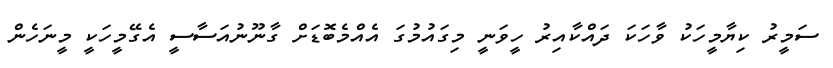
ސަމީރު ކިޔާމީހަކު ވާހަކަ ދައްކާއިރު ހީވަނީ މިގައުމުގަ އެއްމެބޮޑަށް ގާނޫނުއަސާސީ އެގޭމީހަކީ މީނަހެން